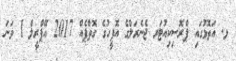
ޅ. އަތޮޅުގައި ޕްރޮސިކިއުޓަރ ޖެނެރަލްގެ އޮފީހުގެ ގޮތްޕެއް 2017 އޭޕްރީލް 1 ވަނަ